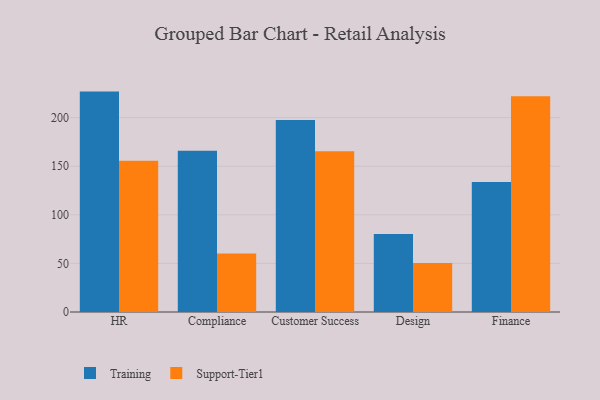
{"axis": {"x": "Department", "y": "Backlog"}, "legend": ["Support-Tier1", "Training"], "data": [{"x": "HR", "y": 226.8, "type": "Training"}, {"x": "HR", "y": 155.7, "type": "Support-Tier1"}, {"x": "Compliance", "y": 166.0, "type": "Training"}, {"x": "Compliance", "y": 60.1, "type": "Support-Tier1"}, {"x": "Customer Success", "y": 197.7, "type": "Training"}, {"x": "Customer Success", "y": 165.3, "type": "Support-Tier1"}, {"x": "Design", "y": 80.3, "type": "Training"}, {"x": "Design", "y": 50.4, "type": "Support-Tier1"}, {"x": "Finance", "y": 133.7, "type": "Training"}, {"x": "Finance", "y": 222.0, "type": "Support-Tier1"}]}